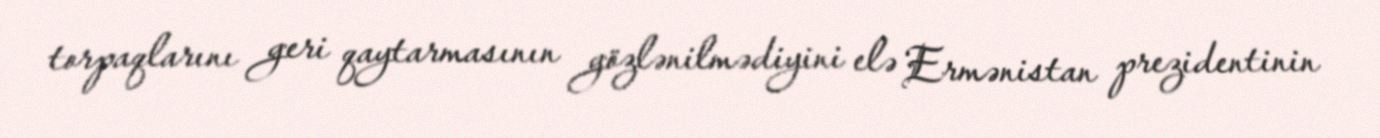
torpaqlarını geri qaytarmasının gözlənilmədiyini elə Ermənistan prezidentinin